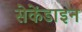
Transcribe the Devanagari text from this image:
सेकेंडाइन